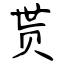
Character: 贳